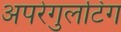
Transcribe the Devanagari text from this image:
अपरेगुलटिंग